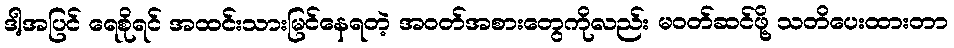
ဒါ့အပြင် ရေစိုရင် အထင်းသားမြင်နေရတဲ့ အဝတ်အစားတွေကိုလည်း မဝတ်ဆင်ဖို့ သတိပေးထားတာ